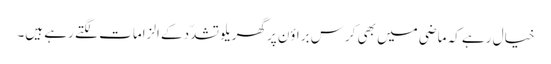
خیال رہے کہ ماضی میں بھی کرس براؤن پرگھریلو تشدّد کے الزامات لگتے رہے ہیں۔